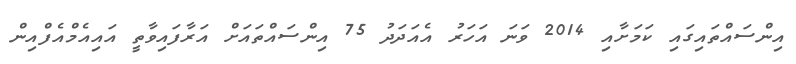
އިންސައްތައިގައި ކަމަށާއި 2014 ވަނަ އަހަރު އެއަދަދު 75 އިންސައްތައަށް އަރާފައިވާތީ އައިއެމްއެފްއިން